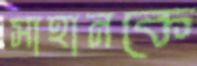
সাহানকে